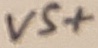
Text: VS+